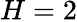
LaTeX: H=2